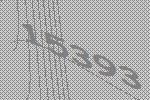
15393